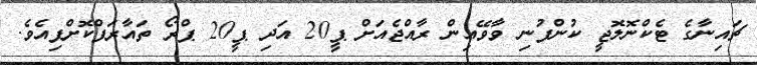
ޗައިނާގެ ޓެކްނޮލޮޖީ ކުންފުނި ވާވޭއިން ރާއްޖެއަށް ޕީ20 އަދި ޕީ20 ޕްރޯ ތައާރަފްކޮށްފިއެވެ.